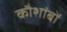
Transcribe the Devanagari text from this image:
कौशांबों